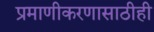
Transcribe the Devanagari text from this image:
प्रमाणीकरणासाठीही